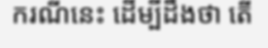
ករណីនេះ ដើម្បីដឹងថា តើ